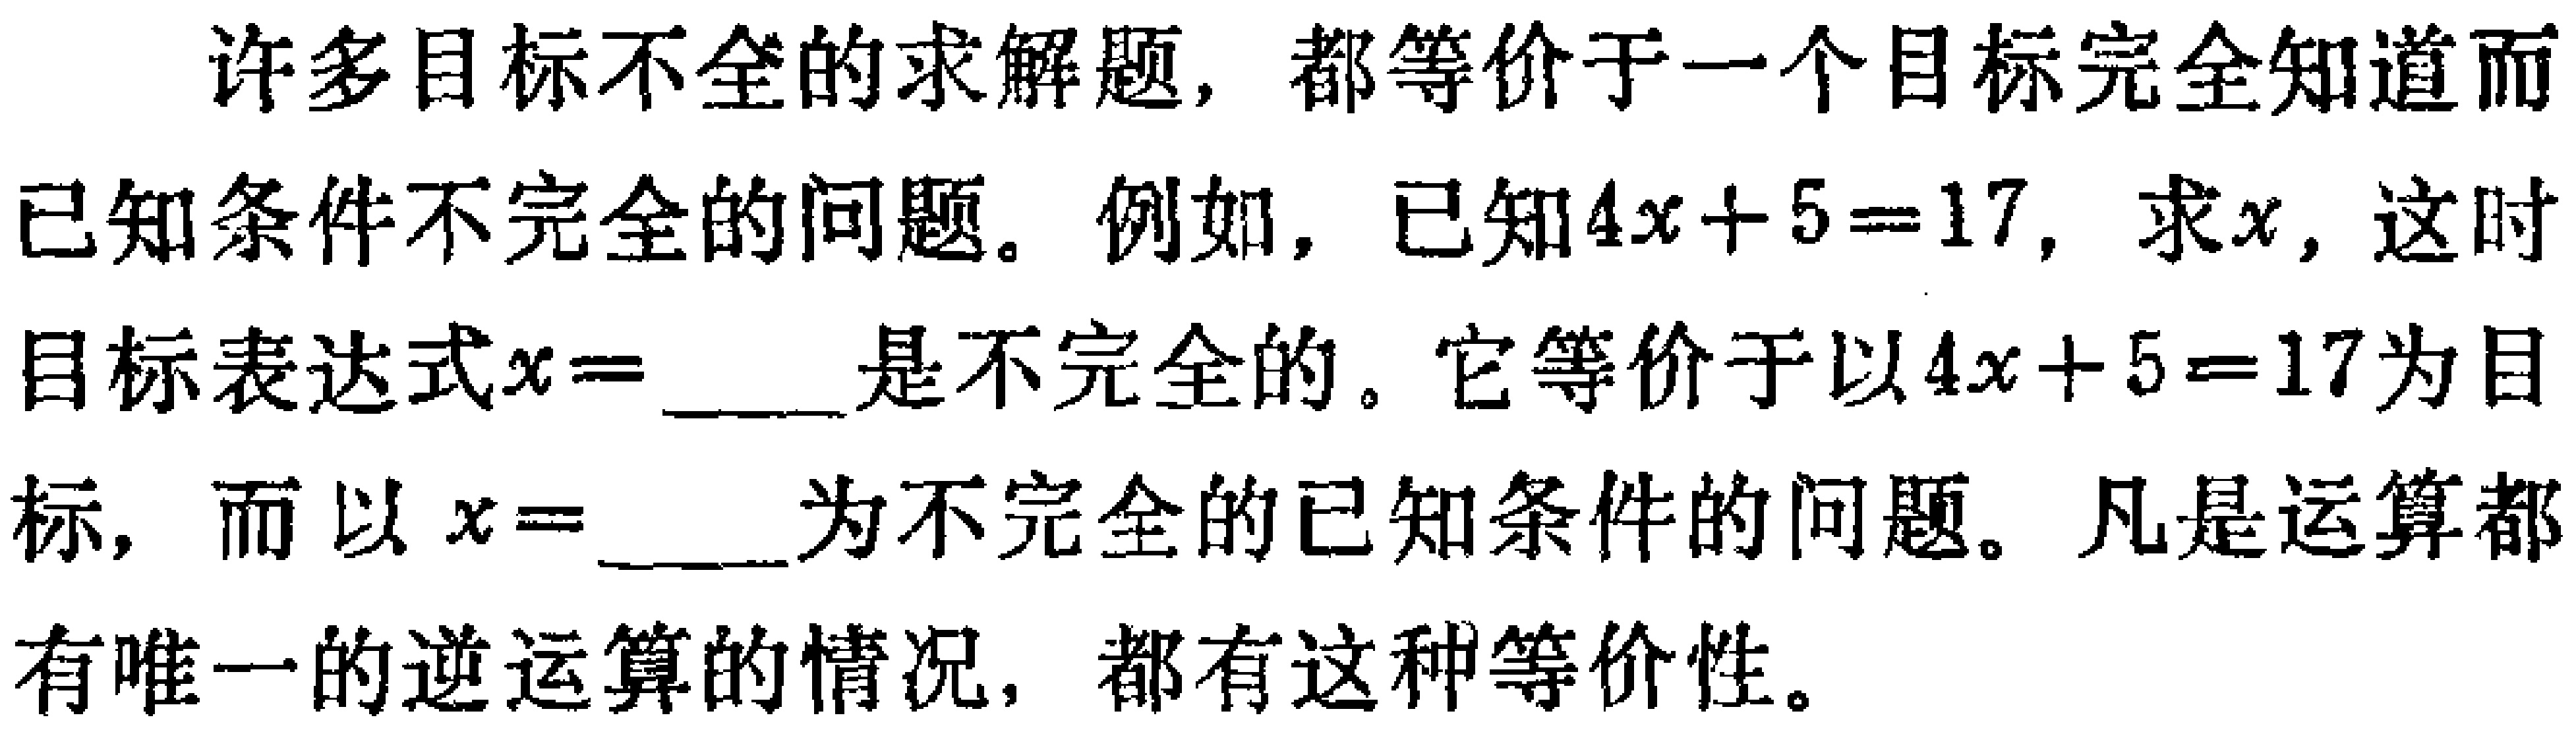
许多目标不全的求解题，都等价于一个目标完全知道而已知条件不完全的问题。例如，已知\(4x + 5 = 17\)，求\(x\)，这时目标表达式\(x = \_\_\_\)是不完全的。它等价于以\(4x + 5 = 17\)为目标，而以 \(x = \_\_\_\)为不完全的已知条件的问题。凡是运算都有唯一的逆运算的情况，都有这种等价性。